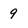
Character: 9